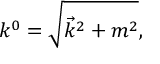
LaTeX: k ^ { 0 } = \sqrt { \vec { k } ^ { 2 } + m ^ { 2 } } ,